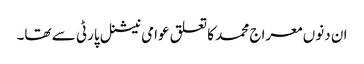
ان دنوں معراج محمد کا تعلق عوامی نیشنل پارٹی سے تھا۔